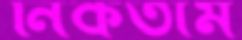
নিকতাম